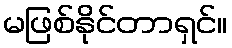
မဖြစ်နိုင်တာရှင်။